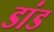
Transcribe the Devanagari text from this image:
डांड